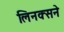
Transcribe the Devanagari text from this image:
लिनक्सने